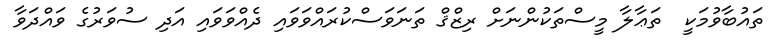
ތައުބާވުމަކީ  ތަޢާލާ މީސްތަކުންނަށް ރިޒްޤް ތަނަވަސްކުރައްވަވައި ދެއްވަވައި އަދި ސުވަރުގެ ވައްދަވާ